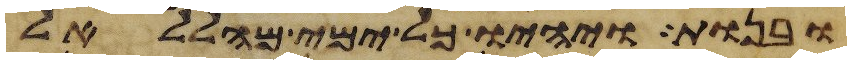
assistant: ובנות ויהיו כל ימי מהללאל